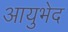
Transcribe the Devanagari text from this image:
आयुभेद